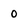
Character: 0